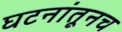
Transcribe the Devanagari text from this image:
घटनांतूनच